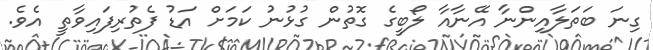
ގިނަ ބަތަލާއިންނާ އޭނާއާ ލޯބީގެ ގޮތުން ގުޅުނު ކަމަށް އަޑު ފެތުރިފައިވާތީ އެވެ.